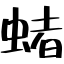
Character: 蝫